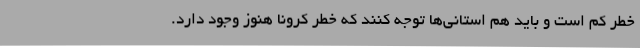
خطر کم است و باید هم استانی‌ها توجه کنند که خطر کرونا هنوز وجود دارد.